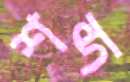
শব্দ